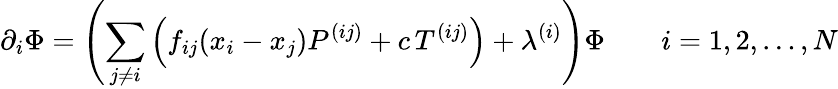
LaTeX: \partial_{i}\Phi=\left(\sum_{j\ne i}\left(f_{ij}(x_{i}-x_{j})P^{(ij)}+c\, T^{(ij)}\right)+\lambda^{(i)}\right)\Phi\qquad i=1,2,\ldots,N